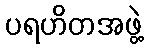
ပရဟိတအဖွဲ့